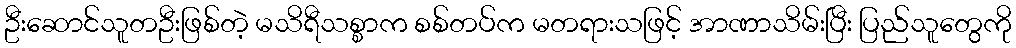
ဦးဆောင်သူတဦးဖြစ်တဲ့ မသိရီသစ္စာက စစ်တပ်က မတရားသဖြင့် အာဏာသိမ်းပြီး ပြည်သူတွေကို